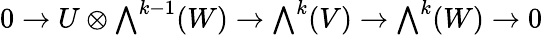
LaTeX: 0\to U\otimes{\textstyle\bigwedge}^{k-1}(W)\to{\textstyle\bigwedge}^{k}(V)\to{\textstyle\bigwedge}^{k}(W)\to 0